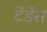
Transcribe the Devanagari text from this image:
टेंडेंस